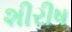
શીરીષ